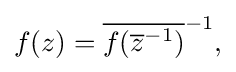
\displaystyle {f(z)={\overline {f({\overline {z}}^{-1})}}^{-1},}